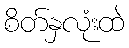
စိတ်နှလုံးထဲ